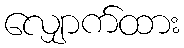
လျှောက်ထား